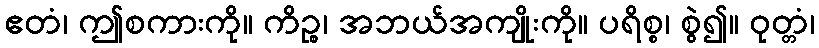
ဧတံ၊ ဤစကားကို။ ကိဉ္စ၊ အဘယ်အကျိုးကို။ ပရိစ္စ၊ စွဲ၍။ ဝုတ္တံ၊